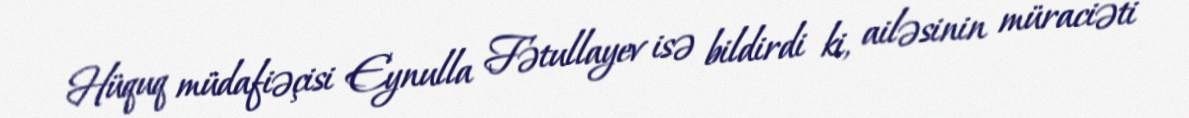
Hüquq müdafiəçisi Eynulla Fətullayev isə bildirdi ki, ailəsinin müraciəti